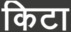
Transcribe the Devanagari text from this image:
किटा